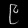
Digit: ၉